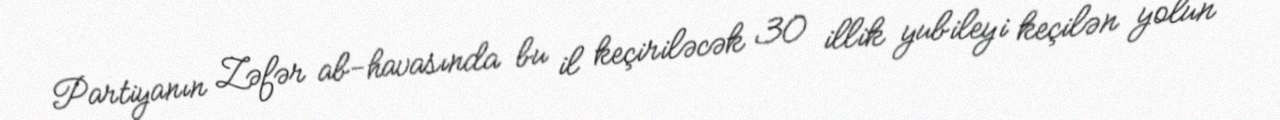
Partiyanın Zəfər ab-havasında bu il keçiriləcək 30 illik yubileyi keçilən yolun